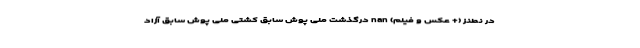
در نطنز (+ عکس و فیلم) nan درگذشت ملی پوش سابق کشتی ملی پوش سابق آزاد